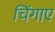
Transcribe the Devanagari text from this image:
चिंगाए